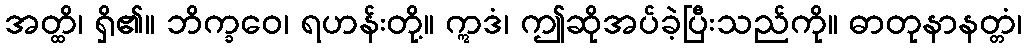
အတ္ထိ၊ ရှိ၏။ ဘိက္ခဝေ၊ ရဟန်းတို့။ ဣဒံ၊ ဤဆိုအပ်ခဲ့ပြီးသည်ကို။ ဓာတုနာနတ္တံ၊